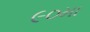
૯૦મા